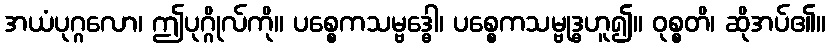
အယံပုဂ္ဂလော၊ ဤပုဂ္ဂိုလ်ကို။ ပစ္စေကသမ္ဗဒ္ဓေါ၊ ပစ္စေကသမ္ဗုဒ္ဓဟူ၍။ ဝုစ္စတိ၊ ဆိုအပ်၏။